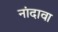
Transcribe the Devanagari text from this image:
नांदावा